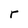
Character: r